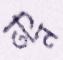
তিন